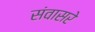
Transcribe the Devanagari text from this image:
संवासरे